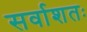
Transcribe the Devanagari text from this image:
सर्वाशतः